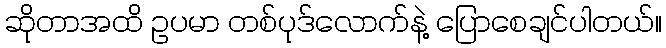
ဆိုတာအထိ ဥပမာ တစ်ပုဒ်လောက်နဲ့ ပြောစေချင်ပါတယ်။